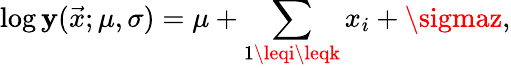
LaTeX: \log\mathbf{y}(\vec{{x}};\mu,\sigma)=\mu+\sum_{1\leqi\leqk}x_{i}+\sigmaz,